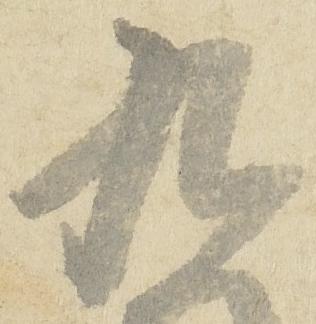
九